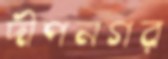
দীপনগর